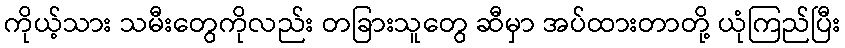
ကိုယ့်သား သမီးတွေကိုလည်း တခြားသူတွေ ဆီမှာ အပ်ထားတာတို့ ယုံကြည်ပြီး